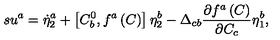
s u ^ { a } = \dot { \eta } _ { 2 } ^ { a } + \left[ C _ { b } ^ { 0 } , f ^ { a } \left( C \right) \right] \eta _ { 2 } ^ { b } - \Delta _ { c b } \frac { \partial f ^ { a } \left( C \right) } { \partial C _ { c } } \eta _ { 1 } ^ { b } ,